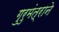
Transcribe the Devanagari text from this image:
गुरुमंत्राने